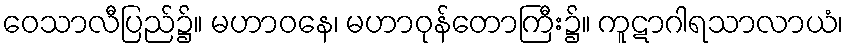
ဝေသာလီပြည်၌။ မဟာဝနေ၊ မဟာဝုန်တောကြီး၌။ ကူဋာဂါရသာလာယံ၊